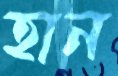
হান